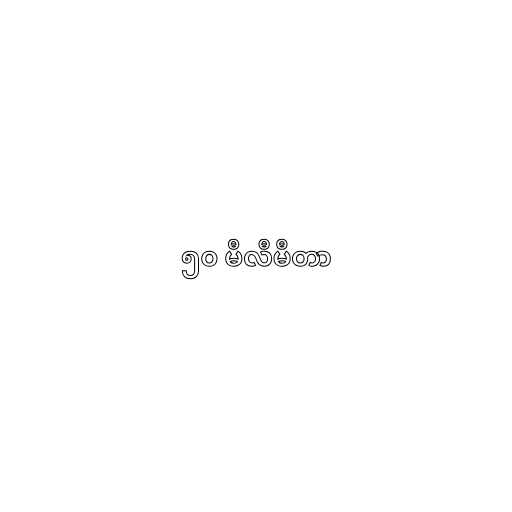
၅၀ မီလီမီတာ